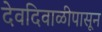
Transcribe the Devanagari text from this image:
देवदिवाळीपासून